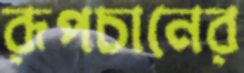
রূপচানের